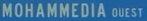
MOHAMMEDIAOUEST